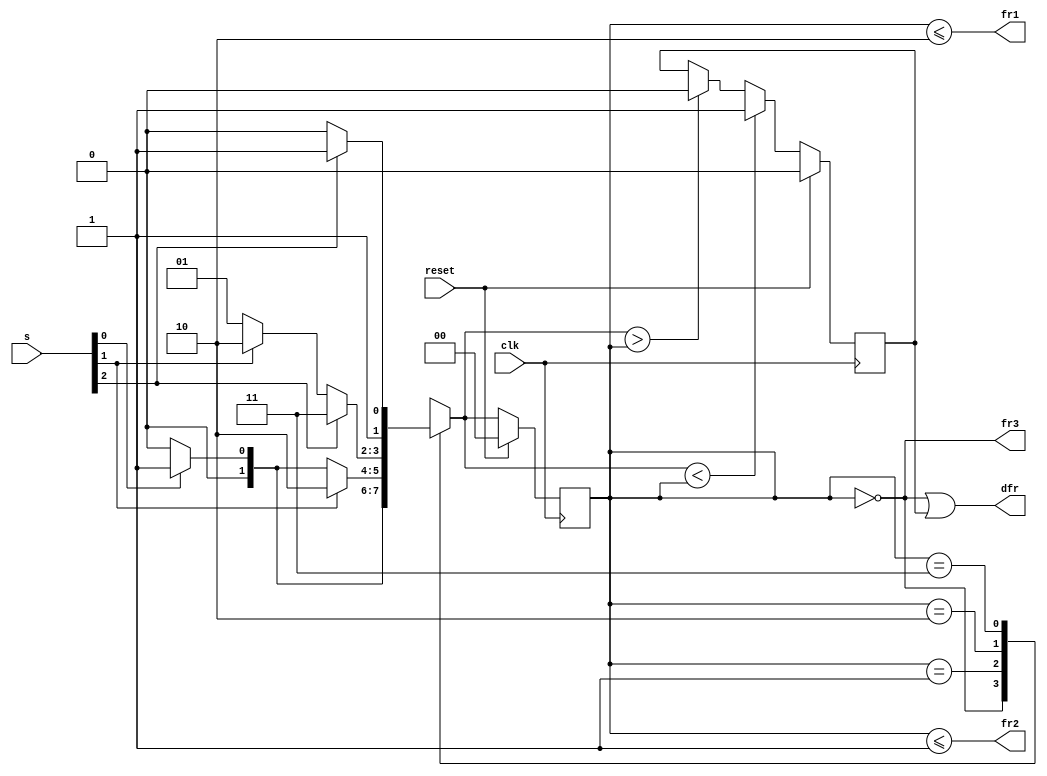
module top_module (
    input clk,
    input reset,
    input [3:1] s,
    output fr3,
    output fr2,
    output fr1,
    output dfr
);

reg [1:0] cs, ns;
parameter A = 2'b00,
          B = 2'b01,
          C = 2'b10,
          D = 2'b11;
always @(posedge clk)
    if (reset) cs <= A;
    else cs <= ns;
always @(*)
    case (cs)
        A: ns = s[1] ? B : A;
        B: ns = s[2] ? C : (s[1] ? B : A);
        C: ns = s[3] ? D : (s[2] ? C : B);
        D: ns = s[3] ? D : C;
        default: ns = A;
    endcase
reg lower;
always @(posedge clk)
    if (reset) lower = 1'b0;
    else lower = ns < cs ? 1'b1 : (ns > cs ? 1'b0 : lower);
assign fr3 = cs == A;
assign fr2 = cs <= B;
assign fr1 = cs <= C;
assign dfr = cs == A || lower;

endmodule